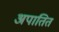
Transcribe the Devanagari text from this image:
अपातित